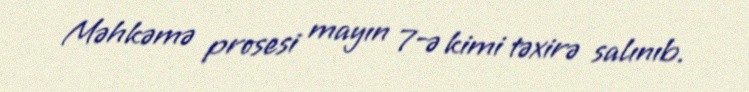
Məhkəmə prosesi mayın 7-ə kimi təxirə salınıb.